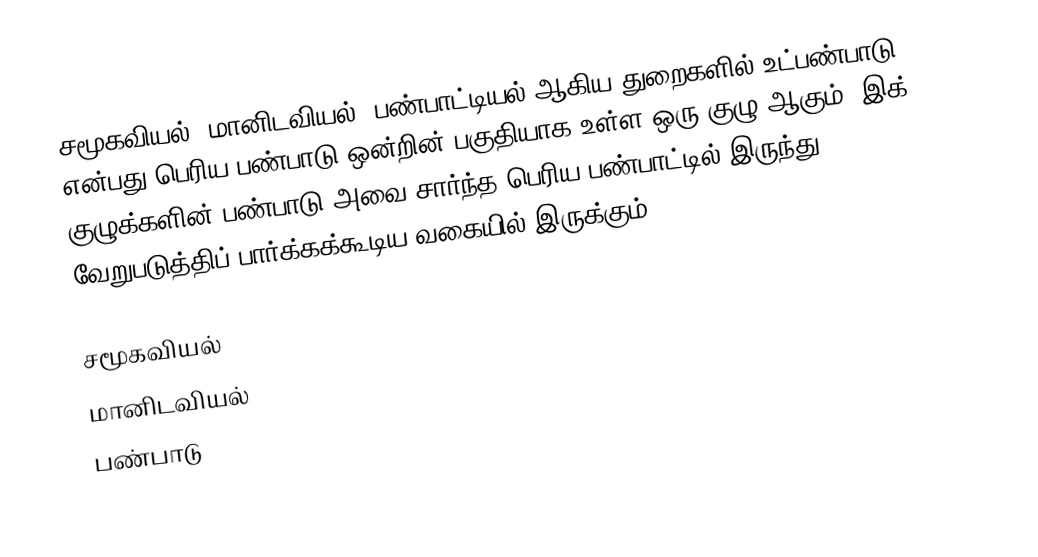
சமூகவியல், மானிடவியல், பண்பாட்டியல் ஆகிய துறைகளில் உட்பண்பாடு என்பது பெரிய பண்பாடு ஒன்றின் பகுதியாக உள்ள ஒரு குழு ஆகும். இக் குழுக்களின் பண்பாடு அவை சார்ந்த பெரிய பண்பாட்டில் இருந்து வேறுபடுத்திப் பார்க்கக்கூடிய வகையில் இருக்கும்.

சமூகவியல்
மானிடவியல்
பண்பாடு